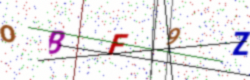
Text: OBF9Z